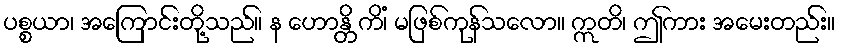
ပစ္စယာ၊ အကြောင်းတို့သည်။ န ဟောန္တိ ကိံ၊ မဖြစ်ကုန်သလော။ ဣတိ၊ ဤကား အမေးတည်း။